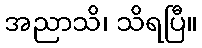
အညာသိ၊ သိရပြီ။